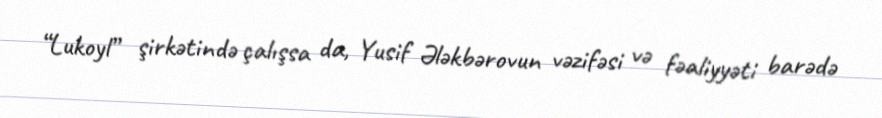
“Lukoyl” şirkətində çalışsa da, Yusif Ələkbərovun vəzifəsi və fəaliyyəti barədə